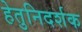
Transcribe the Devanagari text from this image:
हेतुनिदर्शक